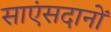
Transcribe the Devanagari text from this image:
साएंसदानों